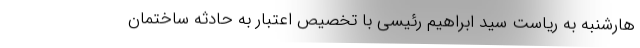
هارشنبه به ریاست سید ابراهیم رئیسی با تخصیص اعتبار به حادثه ساختمان